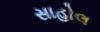
સાહોલ